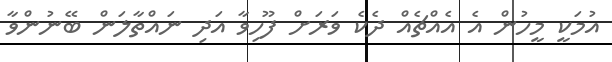
އުމަކީ މީހުން އެ އެއްޗެއް ދެކެ ވަރަށް ފޫހިވާ އަދި ނައްތާލަން ބޭނުންވާ